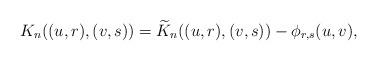
LaTeX: \begin{align*}K_n((u,r),(v,s)) = \widetilde{K}_n ((u,r),(v,s)) - \phi_{r,s}(u,v),\end{align*}